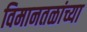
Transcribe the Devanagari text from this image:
विमानतळांच्या